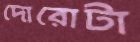
দোরোটা